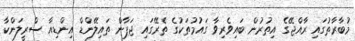
މުބާރާތުގައި ރާއްޖޭގެ އިތުރުން ބައިވެރިވާ ގައުމުތަކުގެ ތެރޭގައި ޖަޕާން ތައިލޭންޑް އިންޑިއާ ސްރީލަންކާ